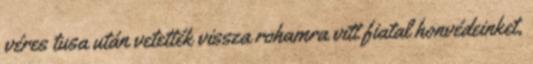
véres tusa után vetették vissza rohamra vitt fiatal honvédeinket,